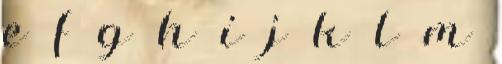
e f g h i j k l m